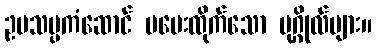
ဥပသမ္ပကံဆောင် မပေးထိုက်သော ပုဂ္ဂိုလ်များ။